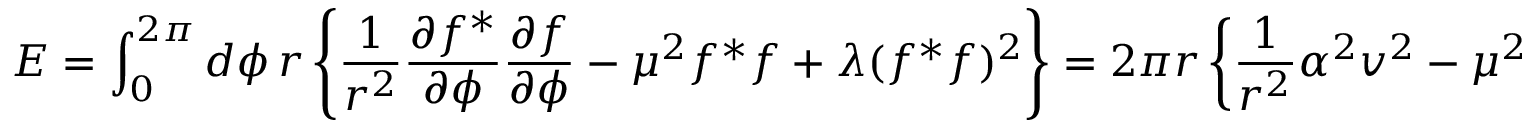
E = \int _ { 0 } ^ { 2 \pi } d \phi \, r \left\{ \frac { 1 } { r ^ { 2 } } \frac { \partial f ^ { * } } { \partial \phi } \frac { \partial f } { \partial \phi } - \mu ^ { 2 } f ^ { * } f + \lambda ( f ^ { * } f ) ^ { 2 } \right\} = 2 \pi r \left\{ \frac { 1 } { r ^ { 2 } } \alpha ^ { 2 } v ^ { 2 } - \mu ^ { 2 } v ^ { 2 } + \lambda v ^ { 4 } \right\} .